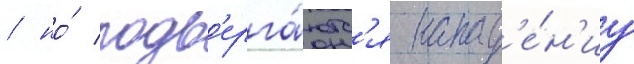
/ но́ подв'ерга́ютс'я напад'е́н'иу